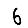
Digit: 6